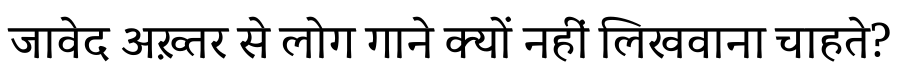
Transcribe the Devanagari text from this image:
जावेद अख़्तर से लोग गाने क्यों नहीं लिखवाना चाहते?